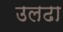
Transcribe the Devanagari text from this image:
उलढा